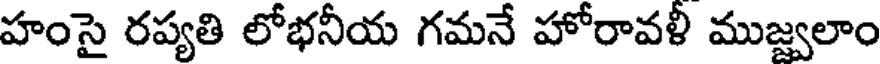
హంసై రప్యతి లోభనీయ గమనే హోరావళీ ముజ్వలాం